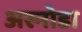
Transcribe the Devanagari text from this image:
अस्नोडा